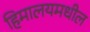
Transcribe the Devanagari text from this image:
हिमालयमधील